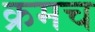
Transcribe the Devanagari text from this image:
क्रमच